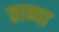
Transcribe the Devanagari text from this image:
ताब्या